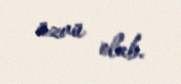
üzvü olub.